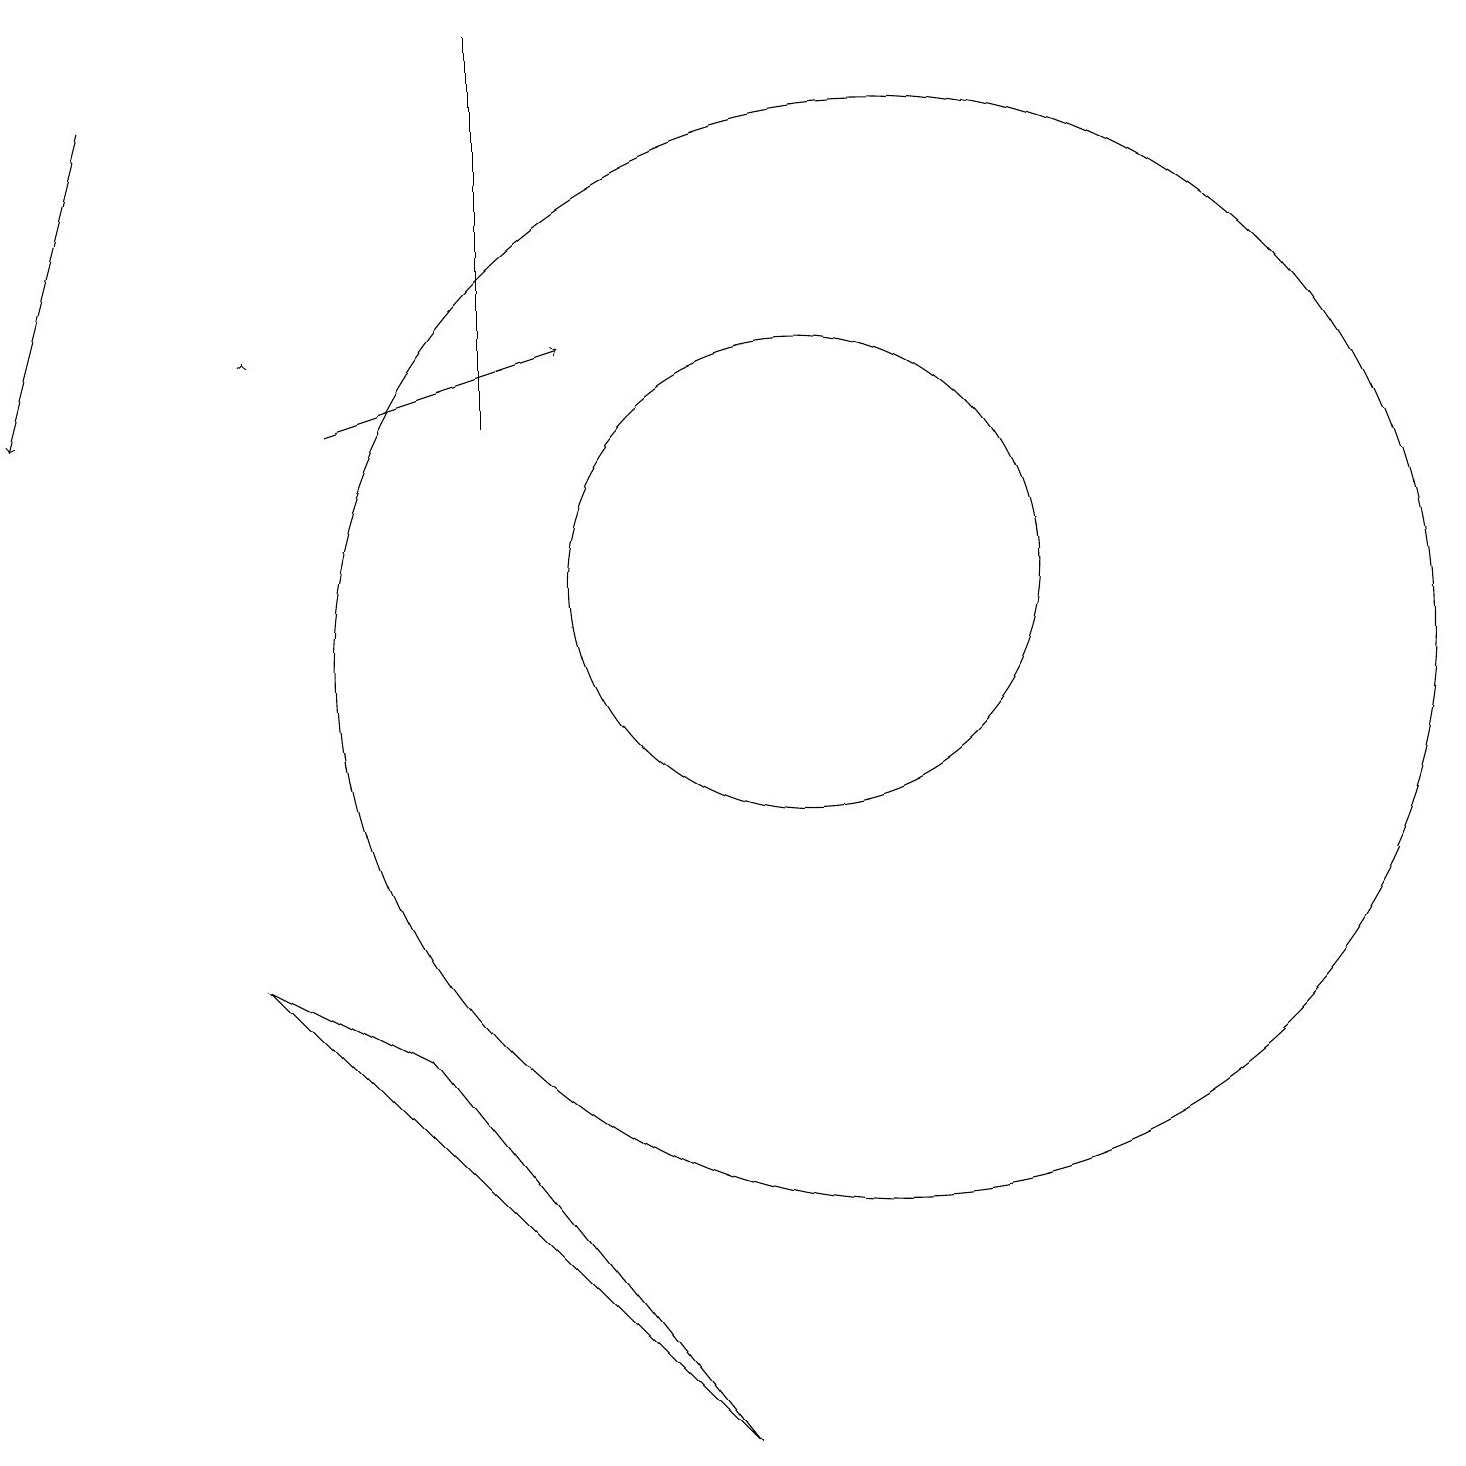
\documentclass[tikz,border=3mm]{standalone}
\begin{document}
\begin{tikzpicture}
\draw (9,0) -- (5,5) -- (3,6) -- cycle;
\draw[->] (4,13) -- (7,14);
\draw[->] (1,17) -- (0,13);
\draw (11,10) circle (7);
\draw (10,11) circle (3);
\draw (6,13) rectangle (6,18);
\draw[->] (3,14) -- (3,14);
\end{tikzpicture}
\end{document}